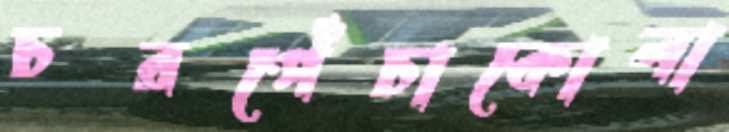
চরপেঁচাকোলা